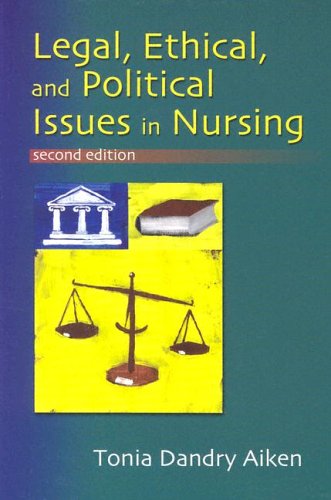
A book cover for Legal, Ethical, and Political Issues in Nursing; Tonia Dandry Aiken RN  BSN  JD; Medical Books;